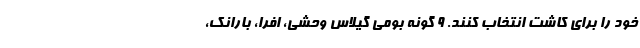
خود را برای کاشت انتخاب کنند. ۹ گونه بومی گیلاس وحشی، افرا، بارانک،